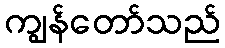
ကျွန်တော်သည်